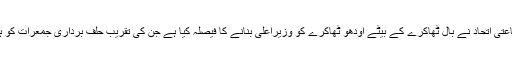
3 جماعتی اتحاد نے بال ٹھاکرے کے بیٹے اودھو ٹھاکرے کو وزیراعلیٰ بنانے کا فیصلہ کیا ہے جن کی تقریب حلف برداری جمعرات کو ہو گی۔